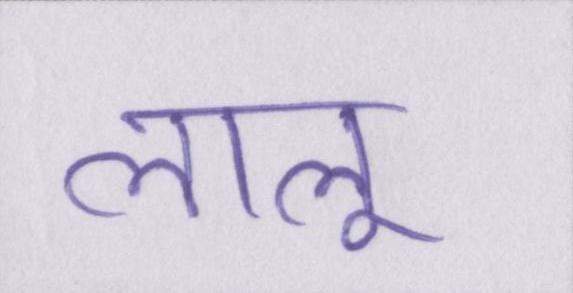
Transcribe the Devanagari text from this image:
लालू